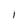
Character: 1